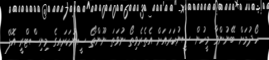
ހޯދުމަށް ބޭނުންވާ މީހުން ސީނުކަރައަށް އެތެރެވިތޯ ނުވަތަ ނޫންތޯ ސީނުކަރައިގެ މިނިސްޓްރީ އޮފް